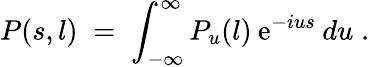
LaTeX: P(s,l)\; =\; \int_{-\infty}^{\infty}P_{u}(l)\: \mathrm{e}^{-ius}\: du\; .